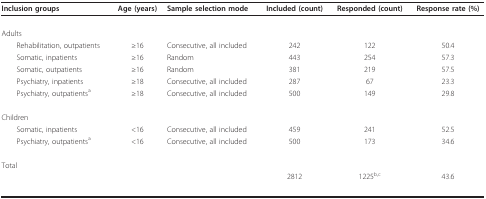
<table><thead><tr><td><b>Inclusion groups</b></td><td><b>Age (years)</b></td><td><b>Sample selection mode</b></td><td><b>Included (count)</b></td><td><b>Responded (count)</b></td><td><b>Response rate (%)</b></td></tr></thead><tbody><tr><td>Adults</td><td></td><td></td><td></td><td></td><td></td></tr><tr><td> Rehabilitation, outpatients</td><td>≥16</td><td>Consecutive, all included</td><td>242</td><td>122</td><td>50.4</td></tr><tr><td> Somatic, inpatients</td><td>≥16</td><td>Random</td><td>443</td><td>254</td><td>57.3</td></tr><tr><td> Somatic, outpatients</td><td>≥16</td><td>Random</td><td>381</td><td>219</td><td>57.5</td></tr><tr><td> Psychiatry, inpatients</td><td>≥18</td><td>Consecutive, all included</td><td>287</td><td>67</td><td>23.3</td></tr><tr><td> Psychiatry, outpatients<sup>a</sup></td><td>≥18</td><td>Consecutive, all included</td><td>500</td><td>149</td><td>29.8</td></tr><tr><td>Children</td><td></td><td></td><td></td><td></td><td></td></tr><tr><td> Somatic, inpatients</td><td>&lt;16</td><td>Consecutive, all included</td><td>459</td><td>241</td><td>52.5</td></tr><tr><td> Psychiatry, outpatients<sup>a</sup></td><td>&lt;16</td><td>Consecutive, all included</td><td>500</td><td>173</td><td>34.6</td></tr><tr><td>Total</td><td></td><td></td><td></td><td></td><td></td></tr><tr><td></td><td></td><td></td><td>2812</td><td>1225<sup>b,c</sup></td><td>43.6</td></tr></tbody></table>